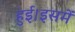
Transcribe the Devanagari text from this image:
हुई।इसमें